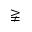
\gneqq